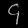
Digit: ၄